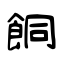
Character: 餇